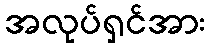
အလုပ်ရှင်အား